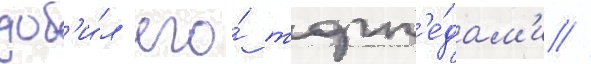
доб'и́л его́ торп'е́дам'и //